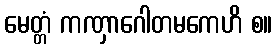
မေတ္တံ ကဏှာဂေါတမကေဟိ စ။